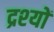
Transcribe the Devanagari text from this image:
द्रश्‍यों